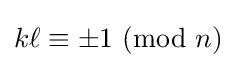
k\ell \equiv \pm 1\ (\mathrm {mod} \ n)